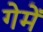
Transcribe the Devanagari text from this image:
गेमें